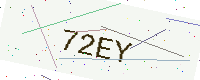
Text: 72EY